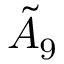
{ \tilde { A } } _ { 9 }